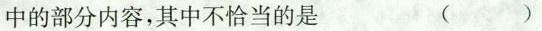
中的部分内容，其中不恰当的是 ( )